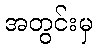
အတွင်းမှ